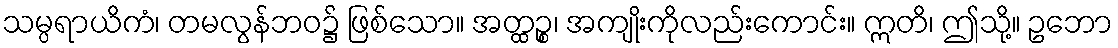
သမ္ပရာယိကံ၊ တမလွန်ဘဝ၌ ဖြစ်သော။ အတ္ထဉ္စ၊ အကျိုးကိုလည်းကောင်း။ ဣတိ၊ ဤသို့။ ဥဘော